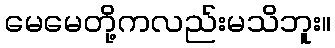
မေမေတို့ကလည်းမသိဘူး။